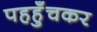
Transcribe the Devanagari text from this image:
पहहुँचकर